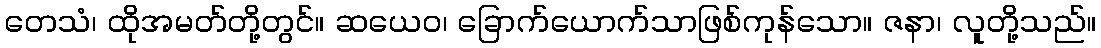
တေသံ၊ ထိုအမတ်တို့တွင်။ ဆယေဝ၊ ခြောက်ယောက်သာဖြစ်ကုန်သော။ ဇနာ၊ လူတို့သည်။